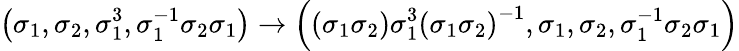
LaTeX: \left(\sigma_{1},\sigma_{2},\sigma_{1}^{3},\sigma_{1}^{-1}\sigma_{2}\sigma_{1}\right)\to\left(\left(\sigma_{1}\sigma_{2}\right)\sigma_{1}^{3}\left(\sigma_{1}\sigma_{2}\right)^{-1},\sigma_{1},\sigma_{2},\sigma_{1}^{-1}\sigma_{2}\sigma_{1}\right)